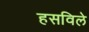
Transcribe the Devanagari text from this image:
हसविले